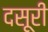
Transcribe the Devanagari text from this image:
दसूरी